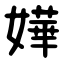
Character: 嬅